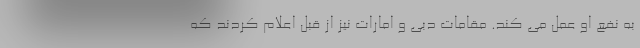
به نفع او عمل می کند. مقامات دبی و امارات نیز از قبل اعلام کردند که